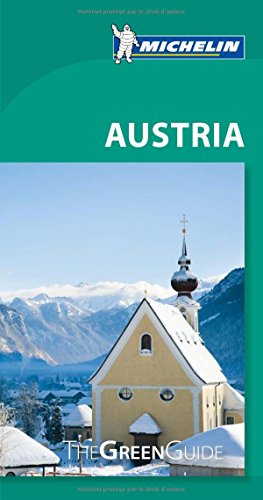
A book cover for Michelin Green Guide Austria (Green Guides); Michelin; Travel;